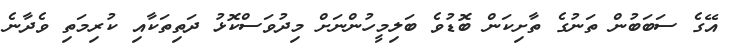
އޭގެ ސަބަބުން ތަނުގެ ތާށިކަން ބޮޑުވެ ބަލިމީހުންނަށް މިދުވަސްކޮޅު ދަތިތަކާއި ކުރިމަތި ވެދާނެ